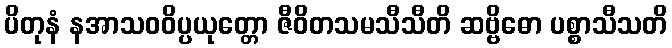
ပိတုနံ နအာသဝဝိပ္ပယုတ္တော ဇီဝိတသမသီသီတိ ဆဗ္ဗိဓော ပစ္စာသီသတိ